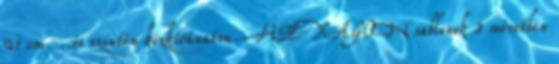
21 cm. ..és szintén közkívánatra. HEXAGON sablonok 3 méretben